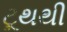
ટૂથથી